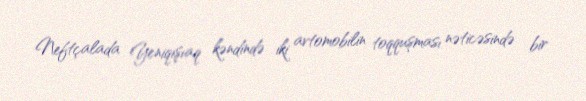
Neftçalada Yeniqışıaq kəndində iki avtomobilin toqquşması nəticəsində bir